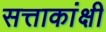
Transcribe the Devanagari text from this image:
सत्ताकांक्षी